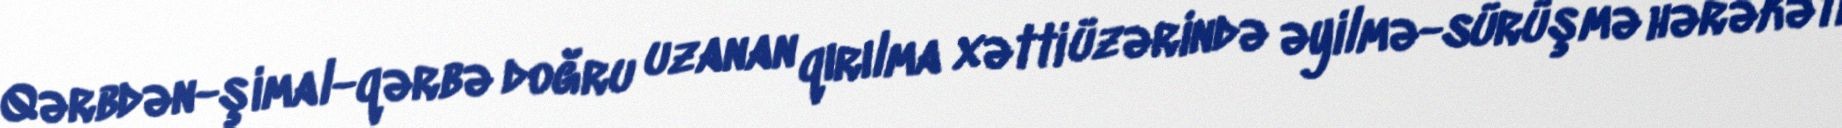
Qərbdən-şimal-qərbə doğru uzanan qırılma xətti üzərində əyilmə-sürüşmə hərəkəti